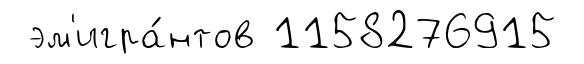
эм'игра́нтов 1158276915